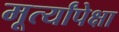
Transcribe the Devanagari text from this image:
मूर्त्यांपेक्षा